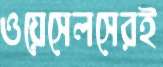
ওয়েসেলসেরই